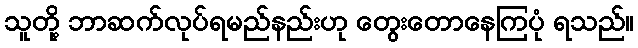
သူတို့ ဘာဆက်လုပ်ရမည်နည်းဟု တွေးတောနေကြပုံ ရသည်။